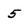
Character: 5